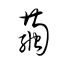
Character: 繭